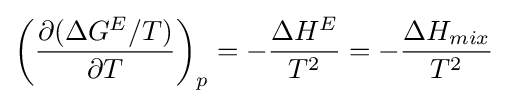
\left({\frac {\partial (\Delta G^{E}/T)}{\partial T}}\right)_{p}=-{\frac {\Delta H^{E}}{T^{2}}}=-{\frac {\Delta H_{mix}}{T^{2}}}